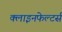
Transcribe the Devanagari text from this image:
क्लाइनफेल्टर्स